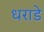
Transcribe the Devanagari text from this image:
धराडे